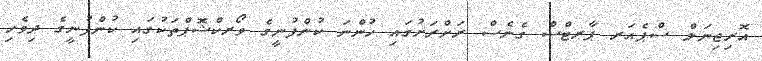
އޮރިޖިނަލް ސްޕެއަރ ޕާރޓްސް ގެނެސް ރަށްރަށުގައި ހުންނަ ކުންފުނީގެ ވޯރކްޝޮޕްތަކުގައި ކުންފުނީގެ ދިވެހި